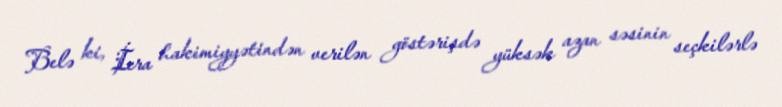
Belə ki, İcra hakimiyyətindən verilən göstərişdə yüksək azan səsinin seçkilərlə